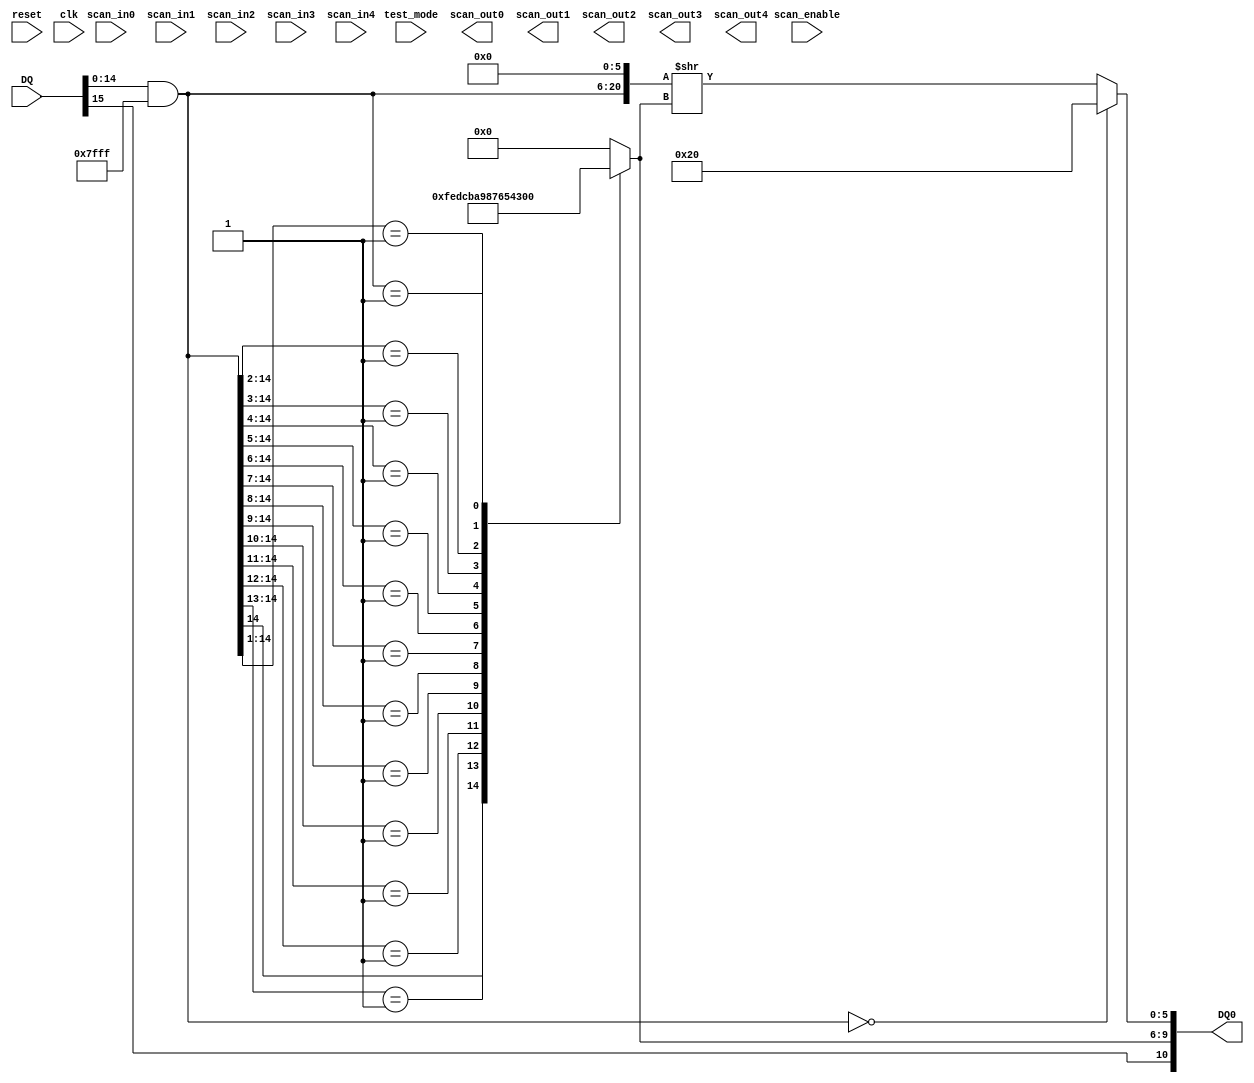
module FLOATA (
           reset,
           clk,
           scan_in0,
           scan_in1,
           scan_in2,
           scan_in3,
           scan_in4,
           scan_enable,
           test_mode,
           scan_out0,
           scan_out1,
           scan_out2,
           scan_out3,
           scan_out4,
	   DQ,
	   DQ0
       );

input
    reset,                      // system reset
    clk;                        // system clock

input
    scan_in0,                   // test scan mode data input
    scan_in1,                   // test scan mode data input
    scan_in2,                   // test scan mode data input
    scan_in3,                   // test scan mode data input
    scan_in4,                   // test scan mode data input
    scan_enable,                // test scan mode enable
    test_mode;                  // test mode 

output
    scan_out0,                  // test scan mode data output
    scan_out1,                  // test scan mode data output
    scan_out2,                  // test scan mode data output
    scan_out3,                  // test scan mode data output
    scan_out4;                  // test scan mode data output

input [15:0] 
	DQ;

output wire [10:0] 
	DQ0;

wire
	DQS;

wire [14:0]
	MAG;

reg [3:0]
	EXP;

wire [5:0]
	MANT;

// convert 16-bit signed magnitude to floating point	
assign	DQS = DQ[15];
	
// compute magnitude
assign	MAG = (DQ & 32767);
	
//compute exponent
always@ (MAG) begin

	casez (MAG)	
		15'b1??????????????:
			begin
				EXP <= 15;
			end
		15'b01?????????????:
			begin
				EXP <= 14;
			end
		15'b001????????????:
			begin
				EXP <= 13;
			end
		15'b0001???????????:
			begin
				EXP <= 12;
			end
		15'b00001??????????:
			begin
				EXP <= 11;
			end
		15'b000001?????????:
			begin
				EXP <= 10;
			end
		15'b0000001????????:
			begin
				EXP <= 9;
			end
		15'b00000001???????:
			begin
				EXP <= 8;
			end
		15'b000000001??????:
			begin
				EXP <= 7;
			end
		15'b0000000001?????:
			begin
				EXP <= 6;
			end
		15'b00000000001????:
			begin
				EXP <= 5;
			end
		15'b000000000001???:
			begin
				EXP <= 4;
			end
		15'b0000000000001??:
			begin
				EXP <= 3;
			end
		15'b00000000000001?:
			begin
				EXP <= 2;
			end
		15'b000000000000001:
			begin
				EXP <= 1;
			end
		default:
			begin
				EXP <= 0;
			end
	endcase
end

//compute mantissa with a 1 in the most significant bit
assign MANT = (MAG == 0)?32:(({MAG,6'b000000})>>EXP);
	
//combine sign bit, 4 exponent bits and 6 mantissa bits into one 11-bit word
assign	DQ0 = ({DQS,EXP,MANT});

endmodule